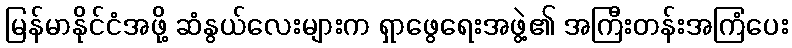
မြန်မာနိုင်ငံအဖို့ ဆံနွယ်လေးများက ရှာဖွေရေးအဖွဲ့၏ အကြီးတန်းအကြံပေး